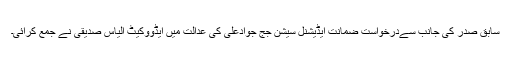
سابق صدر کی جانب سےدرخواست ضمانت ایڈیشنل سیشن جج جوادعلی کی عدالت میں ایڈووکیٹ الیاس صدیقی نے جمع کرائی۔